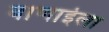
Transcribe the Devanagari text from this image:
बाणाईला